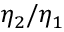
\eta _ { 2 } / \eta _ { 1 }